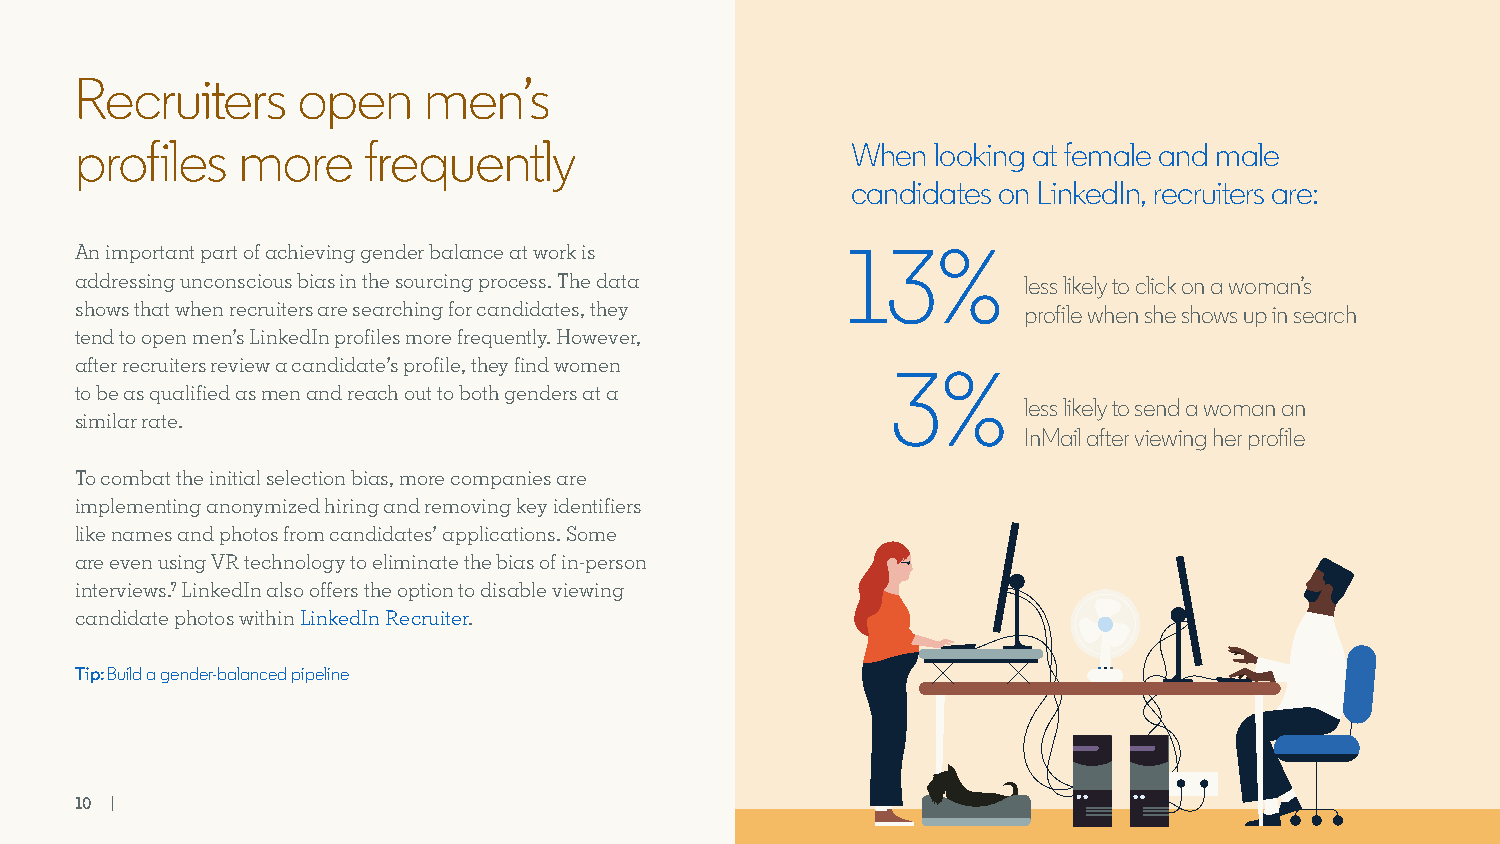
Recruiters     open    men’s
 profiles   more    frequently                      When  looking at female and male
 candidates on LinkedIn, recruiters are:
 An important part of achieving gender balance at work is 13%
 addressing unconscious bias in the sourcing process. The data  less likely to click on a woman’s
 shows that when recruiters are searching for candidates, they  profile when she shows up in search
 tend to open men’s LinkedIn profiles more frequently. However,
 after recruiters review a candidate’s profile, they find women
 3%
 to be as qualified as men and reach out to both genders at a
 less likely to send a woman an
 similar rate.
 InMail after viewing her profile
 To combat the initial selection bias, more companies are
 implementing anonymized hiring and removing key identifiers
 like names and photos from candidates’ applications. Some
 are even using VR technology to eliminate the bias of in-person
 interviews.7 LinkedIn also offers the option to disable viewing
 candidate photos within LinkedIn Recruiter.
 Tip: Build a gender-balanced pipeline
 10 |